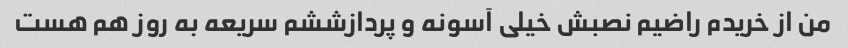
من از خریدم راضیم نصبش خیلی آسونه و پردازششم سریعه به روز هم هست